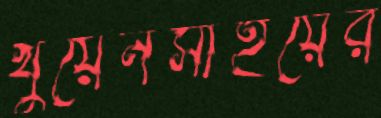
খুয়েনসাইয়ের